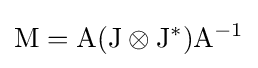
\mathrm {M=A(J\otimes J^{*})A^{-1}}